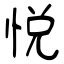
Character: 悅